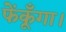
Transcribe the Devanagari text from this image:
फेंकूँगा।